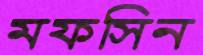
মফসিন